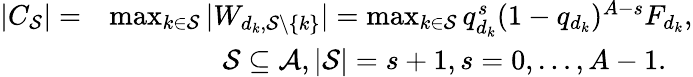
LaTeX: \begin{array}{rl}{|C_{\cal S}|=}&{\operatorname*{max}_{k\in{\cal S}}|W_{d_{k},{\cal S}\backslash\{ k\} }|=\operatorname*{max}_{k\in{\cal S}}q_{d_{k}}^{s}(1-q_{d_{k}})^{A-s}F_{d_{k}},}\\ &{\quad\quad\quad\quad{\cal S}\subseteq{\cal A},|{\cal S}|=s+1,s=0,\ldots,A-1.}\end{array}